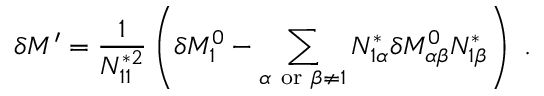
\delta M ^ { \prime } = \frac { 1 } { N _ { 1 1 } ^ { * 2 } } \left( \delta M _ { 1 } ^ { 0 } - \sum _ { \alpha \ \mathrm { o r } \ \beta \neq 1 } N _ { 1 \alpha } ^ { * } \delta { \cal M } _ { \alpha \beta } ^ { 0 } N _ { 1 \beta } ^ { * } \right) \, \, .